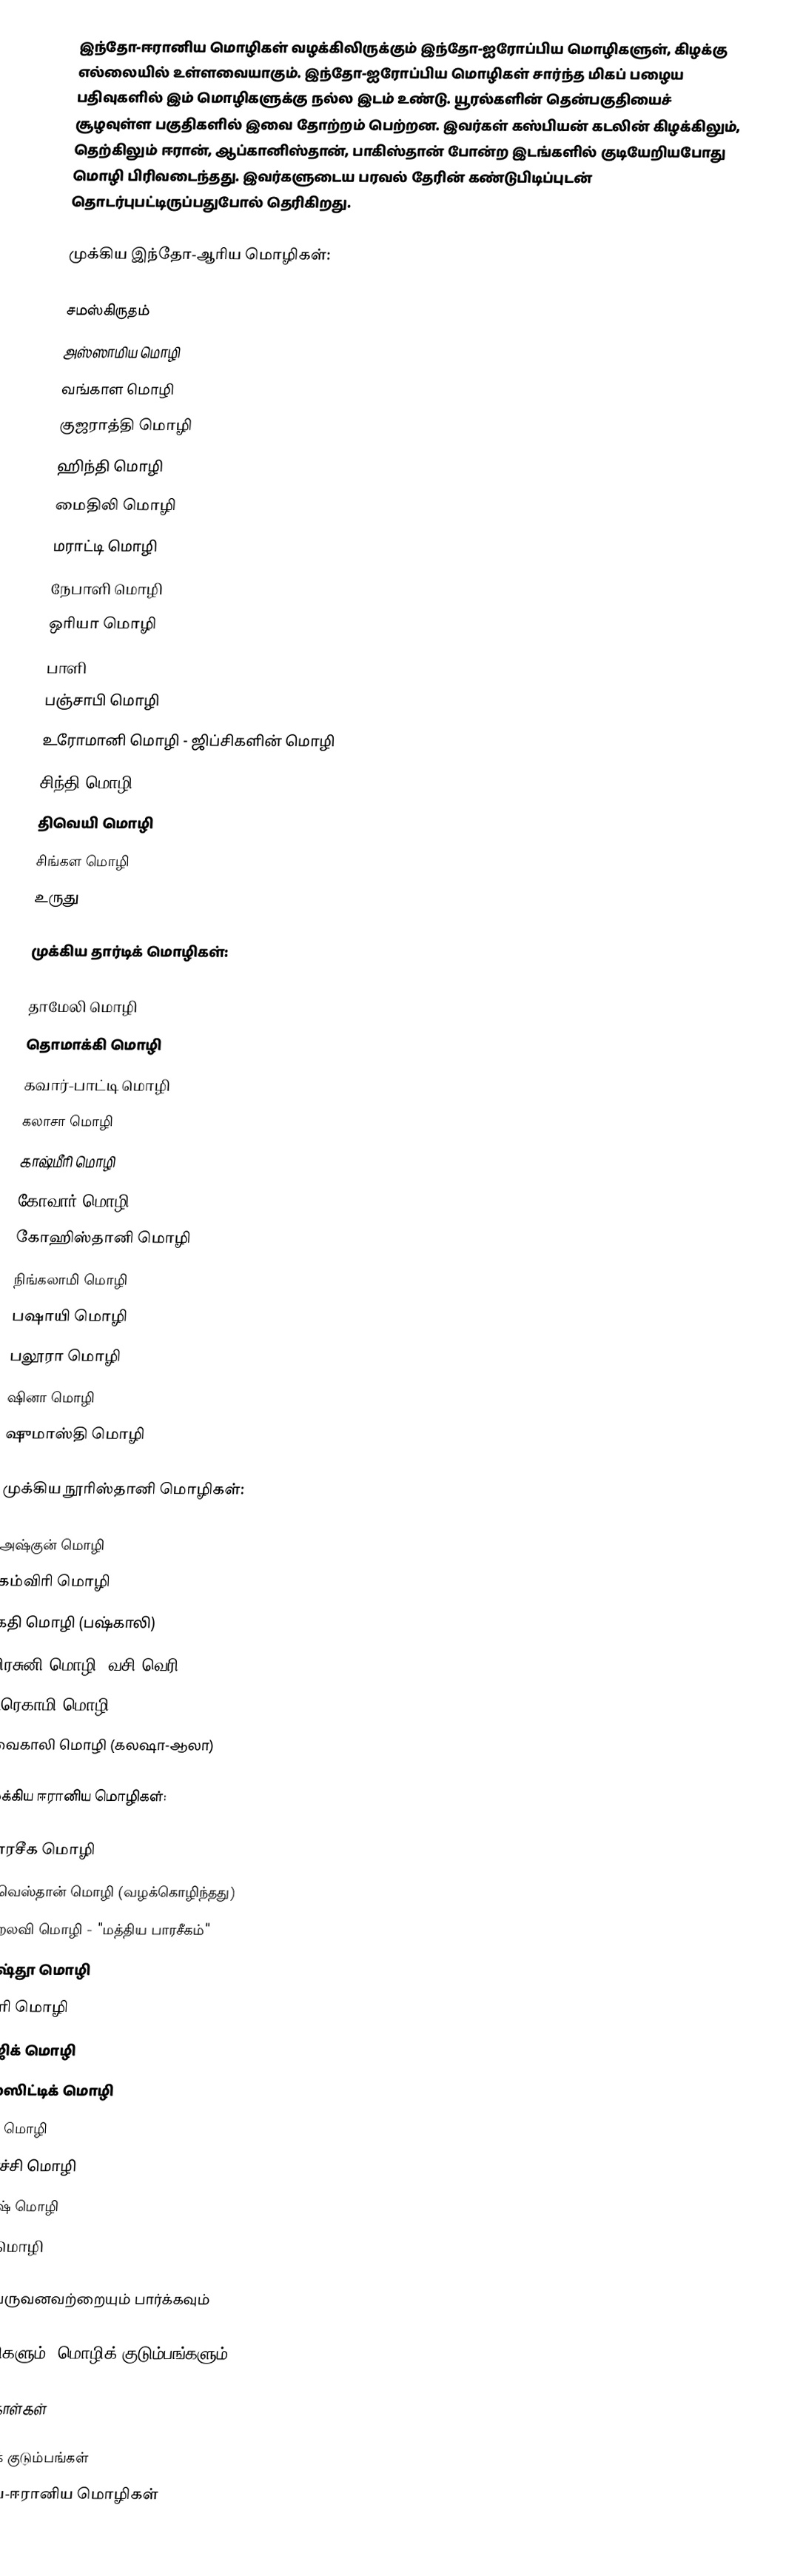
இந்தோ-ஈரானிய மொழிகள் வழக்கிலிருக்கும் இந்தோ-ஐரோப்பிய மொழிகளுள், கிழக்கு எல்லையில் உள்ளவையாகும். இந்தோ-ஐரோப்பிய மொழிகள் சார்ந்த மிகப் பழைய பதிவுகளில் இம் மொழிகளுக்கு நல்ல இடம் உண்டு. யூரல்களின் தென்பகுதியைச் சூழவுள்ள பகுதிகளில் இவை தோற்றம் பெற்றன. இவர்கள் கஸ்பியன் கடலின் கிழக்கிலும், தெற்கிலும் ஈரான், ஆப்கானிஸ்தான், பாகிஸ்தான் போன்ற இடங்களில் குடியேறியபோது மொழி பிரிவடைந்தது. இவர்களுடைய பரவல் தேரின் கண்டுபிடிப்புடன் தொடர்புபட்டிருப்பதுபோல் தெரிகிறது.

முக்கிய இந்தோ-ஆரிய மொழிகள்:

 சமஸ்கிருதம்
 அஸ்ஸாமிய மொழி
 வங்காள மொழி
 குஜராத்தி மொழி
 ஹிந்தி மொழி
 மைதிலி மொழி
 மராட்டி மொழி
 நேபாளி மொழி
 ஒரியா மொழி
 பாளி
 பஞ்சாபி மொழி
 உரோமானி மொழி - ஜிப்சிகளின் மொழி
 சிந்தி மொழி
 திவெயி மொழி
 சிங்கள மொழி
 உருது

முக்கிய தார்டிக் மொழிகள்:

 தாமேலி மொழி
 தொமாக்கி மொழி
 கவார்-பாட்டி மொழி
 கலாசா மொழி
 காஷ்மீரி மொழி
 கோவார் மொழி
 கோஹிஸ்தானி மொழி
 நிங்கலாமி மொழி
 பஷாயி மொழி
 பலூரா மொழி
 ஷினா மொழி
 ஷுமாஸ்தி மொழி

முக்கிய நூரிஸ்தானி மொழிகள்:

 அஷ்குன் மொழி
 கம்விரி மொழி
 கதி மொழி (பஷ்காலி)
 பிரசுனி மொழி (வசி-வெரி)
 ட்ரெகாமி மொழி
 வைகாலி மொழி (கலஷா-ஆலா)

முக்கிய ஈரானிய மொழிகள்:

 பாரசீக மொழி
 அவெஸ்தான் மொழி (வழக்கொழிந்தது)
 பஹ்லவி மொழி - "மத்திய பாரசீகம்"
 பாஷ்தூ மொழி
 டாரி மொழி
 தாஜிக் மொழி
 ஒஸ்ஸிட்டிக் மொழி
 குர்தி மொழி
 பலூச்சி மொழி
 தாலிஷ் மொழி
 தாத் மொழி

பின்வருவனவற்றையும் பார்க்கவும்

 மொழிகளும், மொழிக் குடும்பங்களும்

மேற்கோள்கள்

மொழிக் குடும்பங்கள்
இந்திய-ஈரானிய மொழிகள்